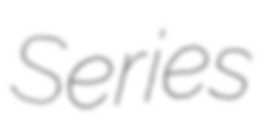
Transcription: Series